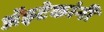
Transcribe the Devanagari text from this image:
अॅझ्टेकांनी